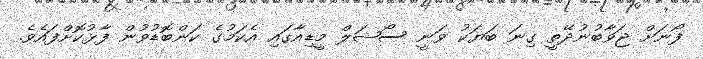
ފޯނަށް ޖަވާބުނުދޭތީ ގިނަ ބަޔަކު ވަނީ ސޯޝަލް މީޑިއާގައި އެކަމުގެ ކަންބޮޑުވުން ފާޅުކޮށްފައެވެ.